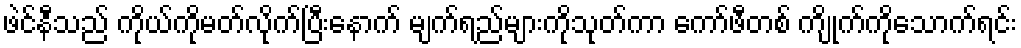
ဖဲင်နီသည် ကိုယ်ကိုမတ်လိုက်ပြီးနောက် မျက်ရည်များကိုသုတ်ကာ ကော်ဖီတစ် ကျိုက်ကိုသောက်ရင်း